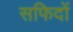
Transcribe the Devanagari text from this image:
सफिदों